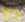
راج